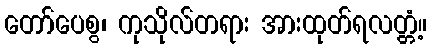
တော်ပေစွ၊ ကုသိုလ်တရား အားထုတ်ရလတ္တံ့။